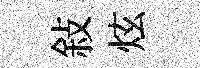
敍炫